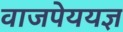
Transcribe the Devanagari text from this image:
वाजपेययज्ञ